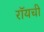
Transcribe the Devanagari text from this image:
रॉयची